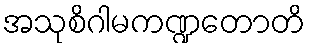
အသုစိဂါမကဏ္ဍတောတိ